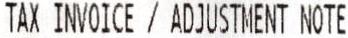
TAX INVOICE / ADJUSTMENT NOTE